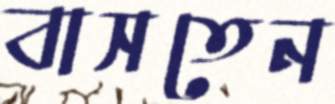
বাসতেন